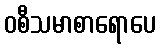
ဝစီသမာစာရောပေ